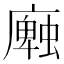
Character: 𢋜